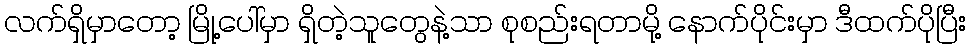
လက်ရှိမှာတော့ မြို့ပေါ်မှာ ရှိတဲ့သူတွေနဲ့သာ စုစည်းရတာမို့ နောက်ပိုင်းမှာ ဒီထက်ပိုပြီး